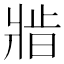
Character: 𬌆